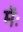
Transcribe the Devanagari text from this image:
मेंः